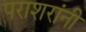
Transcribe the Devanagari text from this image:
पराशरांनी